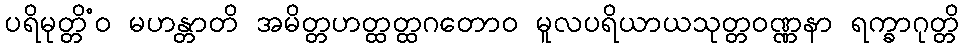
ပရိမုတ္တိံဝ မဟန္တာတိ အမိတ္တဟတ္ထတ္ထဂတောဝ မူလပရိယာယသုတ္တဝဏ္ဏနာ ရက္ခာဂုတ္တိ